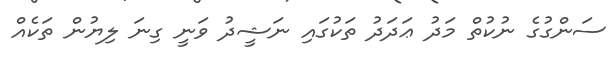
ސަންގުގެ ނުކުތް މަދު ޢަދަދު ތަކުގައި ނަޝީދު ވަނީ ގިނަ ލިޔުން ތަކެއް